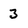
Character: 3